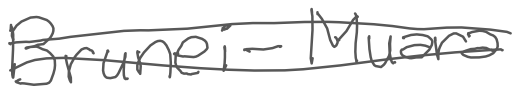
Text: Brunei-Muara
Cross-out: double-line
Writing tool: digital_gray